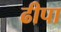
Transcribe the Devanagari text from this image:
ढीपा